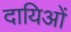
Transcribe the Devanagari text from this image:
दायिओं